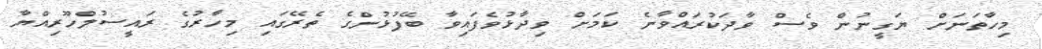
މިހާތަނަށް ޔަގީނުން ވެސް ވާދަކުރައްވާނެ ކަމަށް ވިދާޅުވެފައިވާ ބޭފުޅުންގެ ތެރޭގައި މިހާރުގެ ރައީސުލްހޫރިއްޔާ